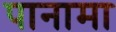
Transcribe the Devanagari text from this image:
पानामा